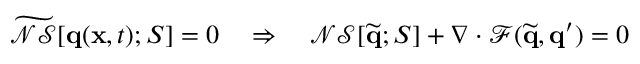
\widetilde { \mathcal { N S } } [ \mathbf { q } ( \mathbf { x } , t ) ; S ] = 0 \quad \Rightarrow \quad \mathcal { N S } [ \widetilde { \mathbf { q } } ; S ] + \nabla \cdot \mathcal { F } ( \widetilde { \mathbf { q } } , \mathbf { q } ^ { \prime } ) = 0